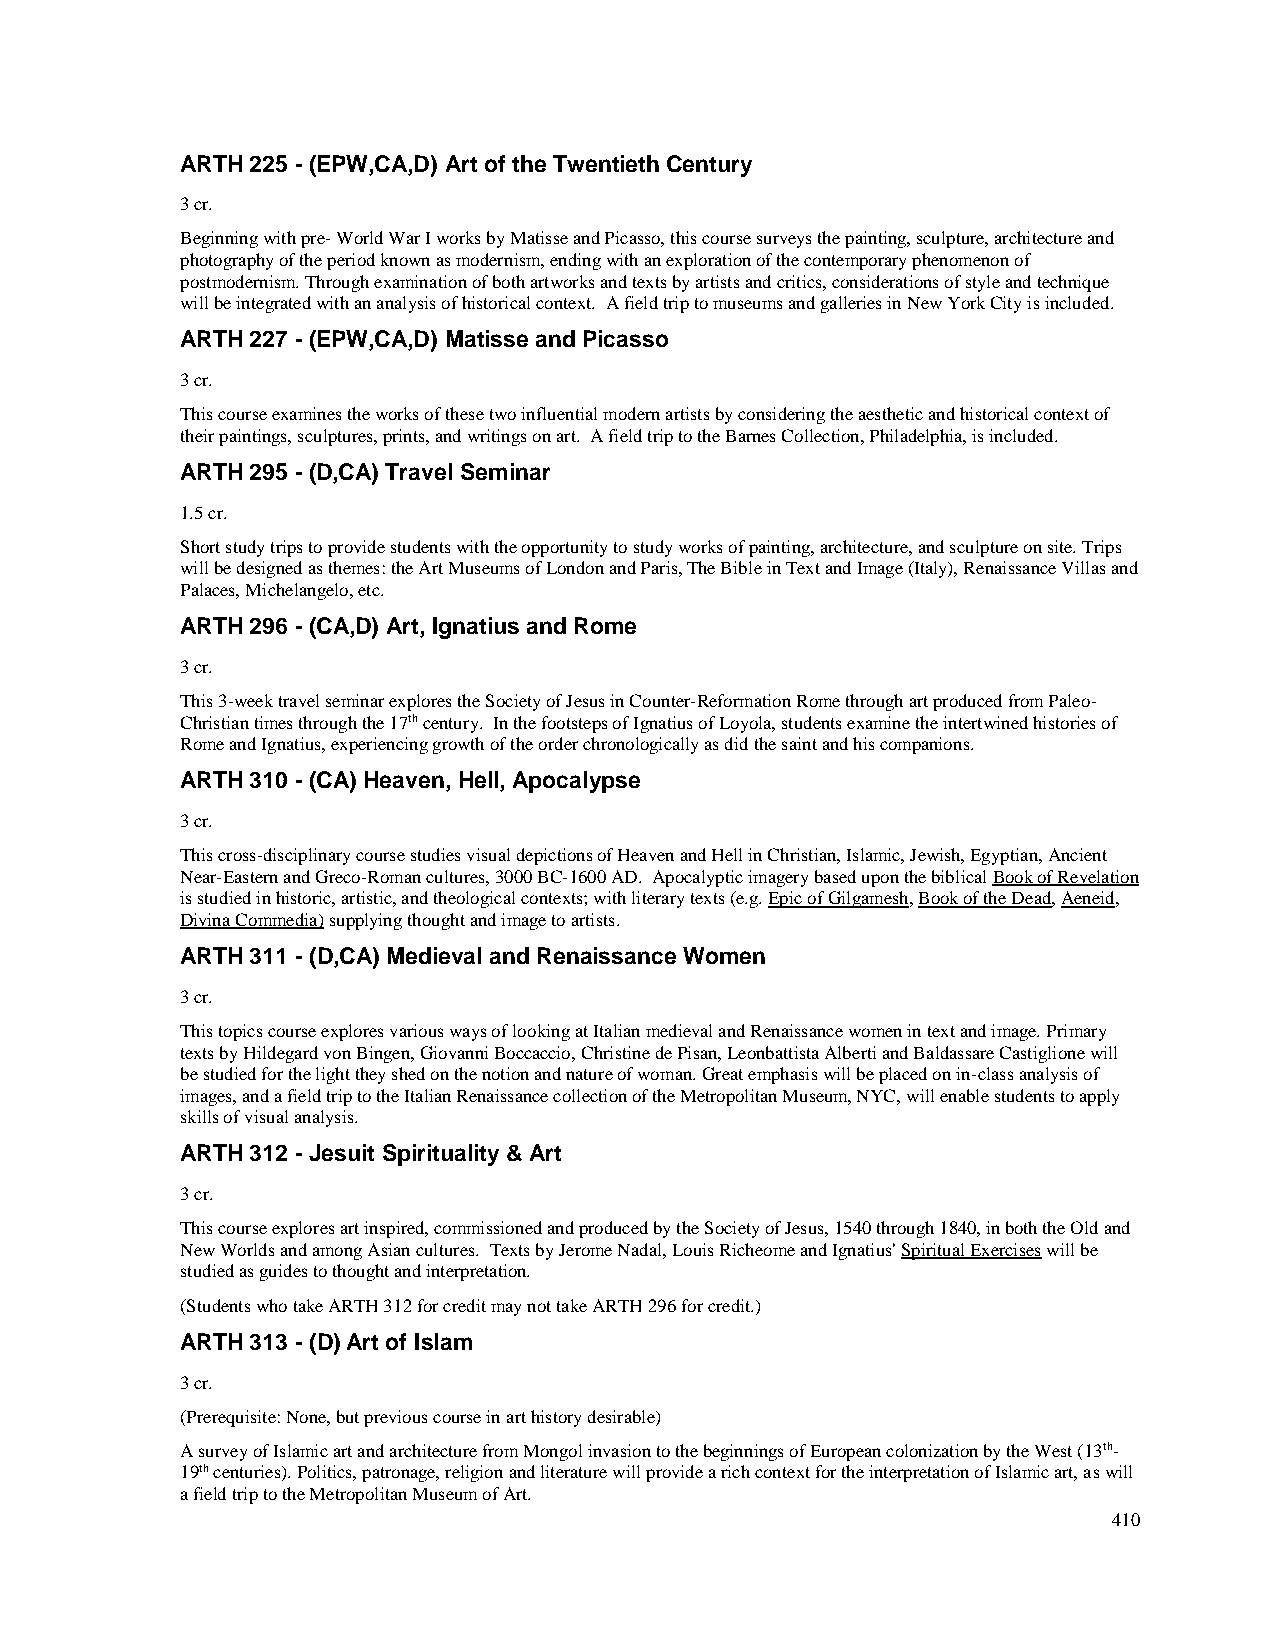
ARTH 225 - (EPW,CA,D) Art of the Twentieth Century
 3 cr.
 Beginning with pre- World War I works by Matisse and Picasso, this course surveys the painting, sculpture, architecture and
 photography of the period known as modernism, ending with an exploration of the contemporary phenomenon of
 postmodernism. Through examination of both artworks and texts by artists and critics, considerations of style and technique
 will be integrated with an analysis of historical context. A field trip to museums and galleries in New York City is included.
 ARTH 227 - (EPW,CA,D) Matisse and Picasso
 3 cr.
 This course examines the works of these two influential modern artists by considering the aesthetic and historical context of
 their paintings, sculptures, prints, and writings on art. A field trip to the Barnes Collection, Philadelphia, is included.
 ARTH 295 - (D,CA) Travel Seminar
 1.5 cr.
 Short study trips to provide students with the opportunity to study works of painting, architecture, and sculpture on site. Trips
 will be designed as themes: the Art Museums of London and Paris, The Bible in Text and Image (Italy), Renaissance Villas and
 Palaces, Michelangelo, etc.
 ARTH 296 - (CA,D) Art, Ignatius and Rome
 3 cr.
 This 3-week travel seminar explores the Society of Jesus in Counter-Reformation Rome through art produced from Paleo-
 Christian times through the 17th century. In the footsteps of Ignatius of Loyola, students examine the intertwined histories of
 Rome and Ignatius, experiencing growth of the order chronologically as did the saint and his companions.
 ARTH 310 - (CA) Heaven, Hell, Apocalypse
 3 cr.
 This cross-disciplinary course studies visual depictions of Heaven and Hell in Christian, Islamic, Jewish, Egyptian, Ancient
 Near-Eastern and Greco-Roman cultures, 3000 BC-1600 AD. Apocalyptic imagery based upon the biblical Book of Revelation
 is studied in historic, artistic, and theological contexts; with literary texts (e.g. Epic of Gilgamesh, Book of the Dead, Aeneid,
 Divina Commedia) supplying thought and image to artists.
 ARTH 311 - (D,CA) Medieval and Renaissance Women
 3 cr.
 This topics course explores various ways of looking at Italian medieval and Renaissance women in text and image. Primary
 texts by Hildegard von Bingen, Giovanni Boccaccio, Christine de Pisan, Leonbattista Alberti and Baldassare Castiglione will
 be studied for the light they shed on the notion and nature of woman. Great emphasis will be placed on in-class analysis of
 images, and a field trip to the Italian Renaissance collection of the Metropolitan Museum, NYC, will enable students to apply
 skills of visual analysis.
 ARTH 312 - Jesuit Spirituality & Art
 3 cr.
 This course explores art inspired, commissioned and produced by the Society of Jesus, 1540 through 1840, in both the Old and
 New Worlds and among Asian cultures. Texts by Jerome Nadal, Louis Richeome and Ignatius' Spiritual Exercises will be
 studied as guides to thought and interpretation.
 (Students who take ARTH 312 for credit may not take ARTH 296 for credit.)
 ARTH 313 - (D) Art of Islam
 3 cr.
 (Prerequisite: None, but previous course in art history desirable)
 A survey of Islamic art and architecture from Mongol invasion to the beginnings of European colonization by the West (13th-
 19th centuries). Politics, patronage, religion and literature will provide a rich context for the interpretation of Islamic art, as will
 a field trip to the Metropolitan Museum of Art.
 410